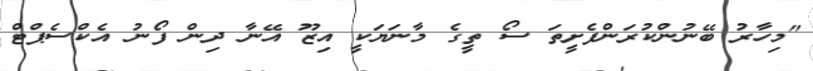
"މިހާރު ބޭނުންކުރަންފެށީތަ ސޯ ތީގެ މާނަޔަކީ އިޒޫ އޭނާ ދިން ފޯނު އެކްސެޕްޓް